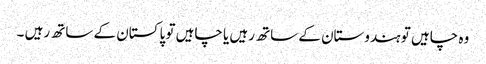
وہ چاہیں تو ہندوستان کے ساتھ رہیں یا چاہیں تو پاکستان کے ساتھ رہیں ۔